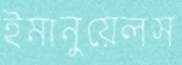
ইমানুয়েলস